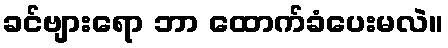
ခင်ဗျားရော ဘာ ထောက်ခံပေးမလဲ။